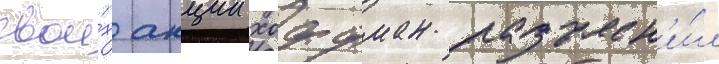
свои́х акции хоффман разъясн'и́л